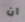
ان